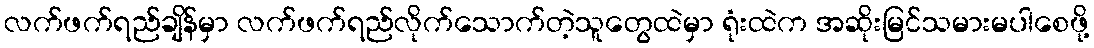
လက်ဖက်ရည်ချိန်မှာ လက်ဖက်ရည်လိုက်သောက်တဲ့သူတွေထဲမှာ ရုံးထဲက အဆိုးမြင်သမားမပါစေဖို့